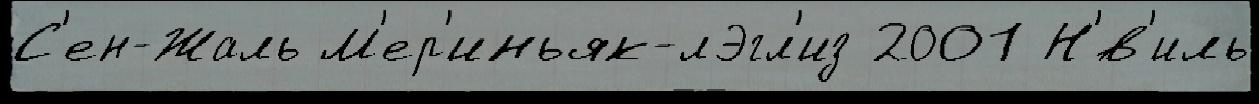
С'ен-Жаль М'ер'иньяк-лЭгл'из 2001 Н'́в'иль